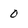
Character: 0